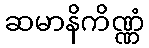
ဆမာနိကိဏ္ဏံ